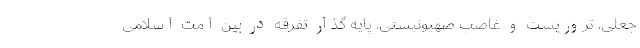
جعلی، تروریست و غاصب صهیونیستی، پایه‌ گذار تفرقه در بین امت اسلامی